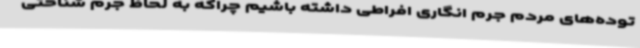
توده‌های مردم جرم انگاری افراطی داشته باشیم چراکه به لحاظ جرم شناختی